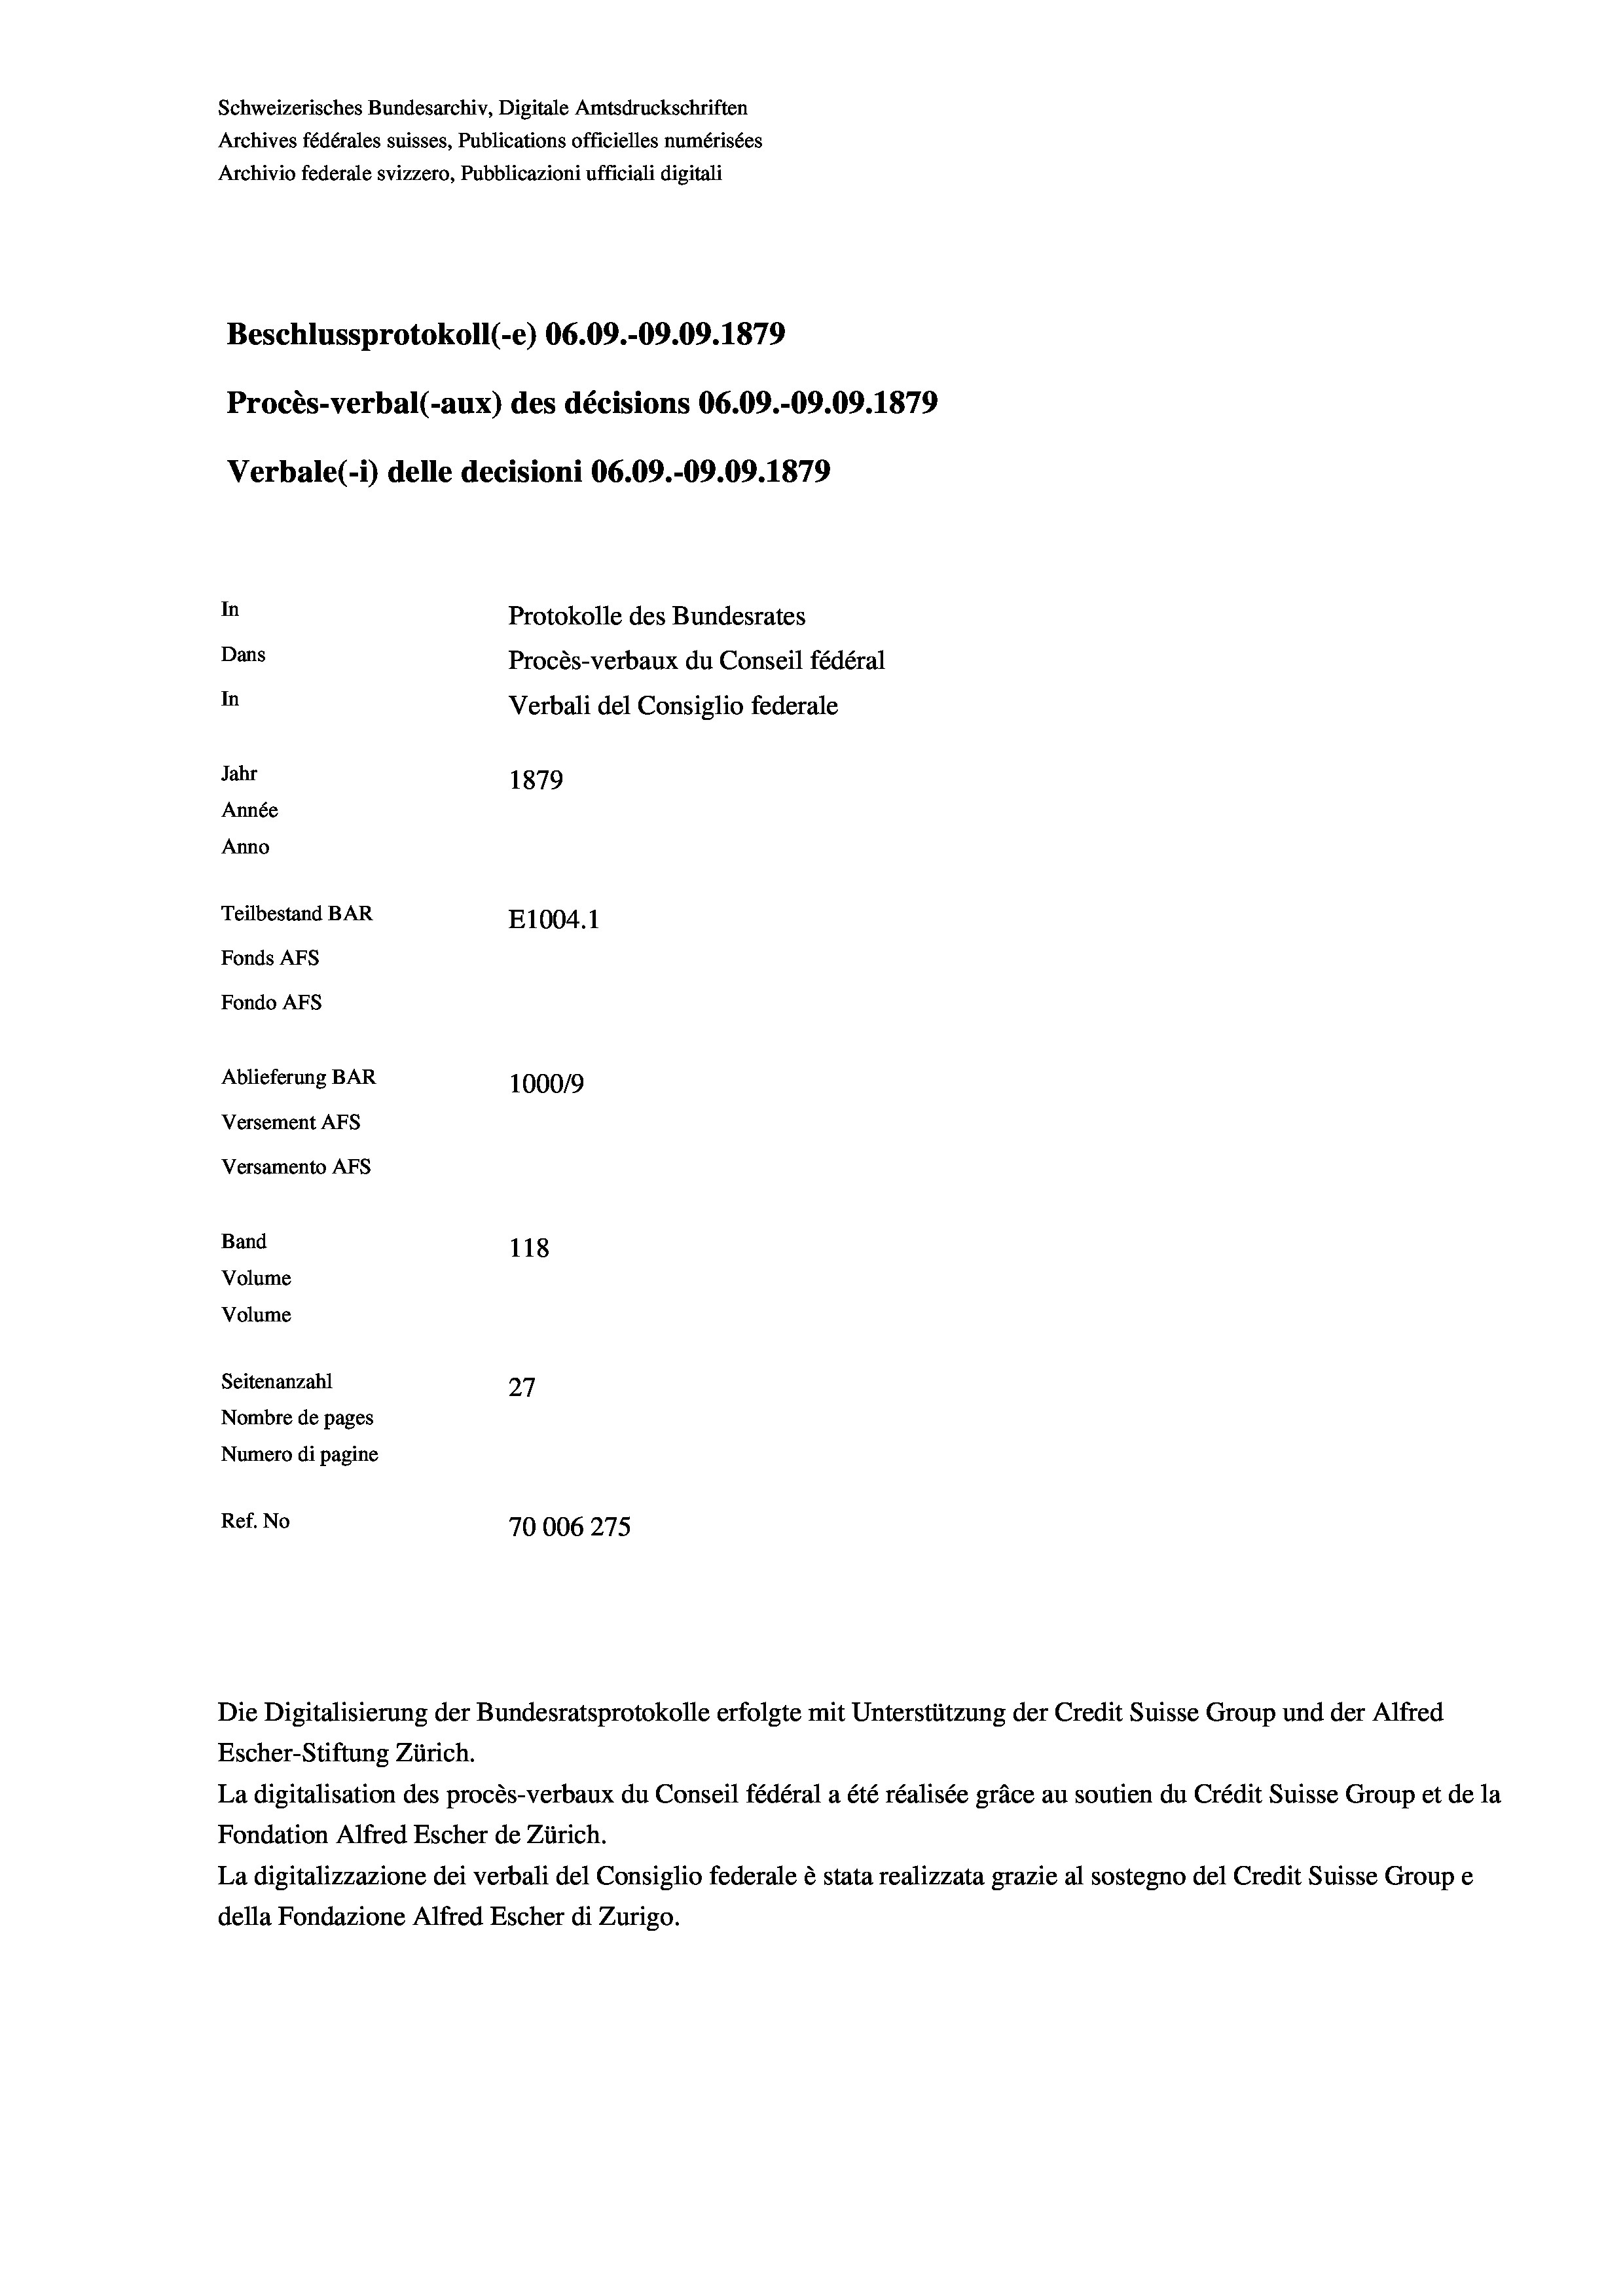
Schweizerisches Bundesarchiv, Digitale Amtsdruckschriften
Archives fédérales suisses, Publications officielles numérisées
Archivio federale svizzero, Pubblicazioni ufficiali digitali
Beschlussprotokoll (-e) 06.09.-09.09. 1879
Procès-verbal (-aux) des décisions 06.09.-09.09. 1879
Verbale(-*) delle decisioni 06.09.-09.09. 1879
In
Protokolle des Bundesrates
Dans
Procès-verbaux du Conseil fédéral
In
Verbali del Consiglio federale
Jahr
1879
Année
Anno
Teilbestand BAR
E1004.1
Fonds AFs
Fondo AFS
Ablieferung BAR
100019
Versement AFs
Versamento Afs
Band
118

Volume
Volume
Seitenanzahl
27
Nombre de pages
Numero di pagine
Ref. No
70006275

Escher-Stiftung Zürich.
La digitalisation des procès-verbaux du Conseil fédéral a été réalisée gräce au soutien du Crédit Suisse Group et de la
Fondation Alfred Escher de Zürich.
La digitalizzazione dei verbali del Consiglio federale è stata realizzata grazie al sostegno del Credit Suisse Groupe
della Fondazione Alfred Escher di Zurigo.

Die Digitalisierung der Bundesratsprotokolle erfolgte mit Unterstützung der Credit Suisse Group und der Alfred